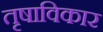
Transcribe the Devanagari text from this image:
तृषाविकार